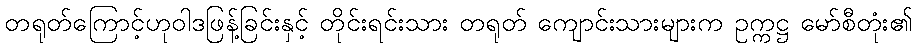
တရုတ်ကြောင့်ဟုဝါဒဖြန့်ခြင်းနှင့် တိုင်းရင်းသား တရုတ် ကျောင်းသားများက ဥက္ကဋ္ဌ မော်စီတုံး၏